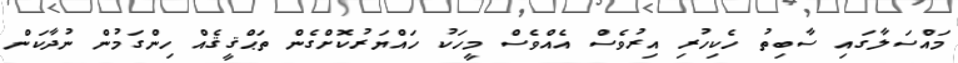
މައްސަލާގައި ސާބިތު ހެކިހުރި އިރުވެސް އެއްވެސް މީހަކު ހައްޔަރުކޮށްގެން ތަޙްޤީޤެއް ހިންގަމުން ނުދާކަން